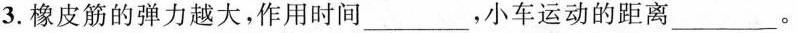
3.橡皮筋的弹力越大，作用时间___，小车运动的距离___ 。